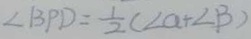
\angle B P D = \frac { 1 } { 2 } ( \angle a + \angle B )